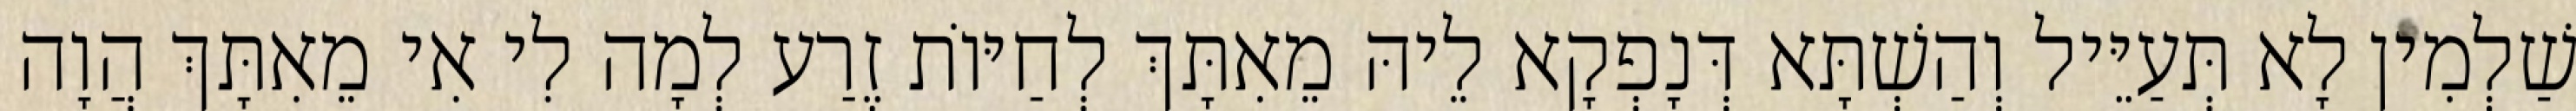
שַׁלְמִין לָא תְּעַיֵּיל וְהַשְׁתָּא דְּנָפְקָא לֵיהּ מֵאִתָּךְ לְחַיּוֹת זֶרַע לְמָה לִי אִי מֵאִתָּךְ הֲוָה